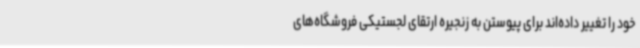
خود را تغییر داده‌اند برای پیوستن به زنجیره ارتقای لجستیکی فروشگاه‌های